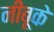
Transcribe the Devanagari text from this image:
नीबूके